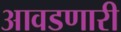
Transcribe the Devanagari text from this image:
आवडणारी